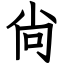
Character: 尙